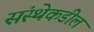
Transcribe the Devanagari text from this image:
संस्थेकडील